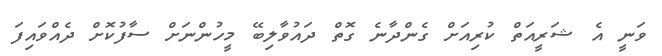
ވަނީ އެ ޝަރީއަތް ކުރިއަށް ގެންދާނެ ގޮތް ދައުވާލިބޭ މީހުންނަށް ސާފުކޮށް ދެއްވައިފަ